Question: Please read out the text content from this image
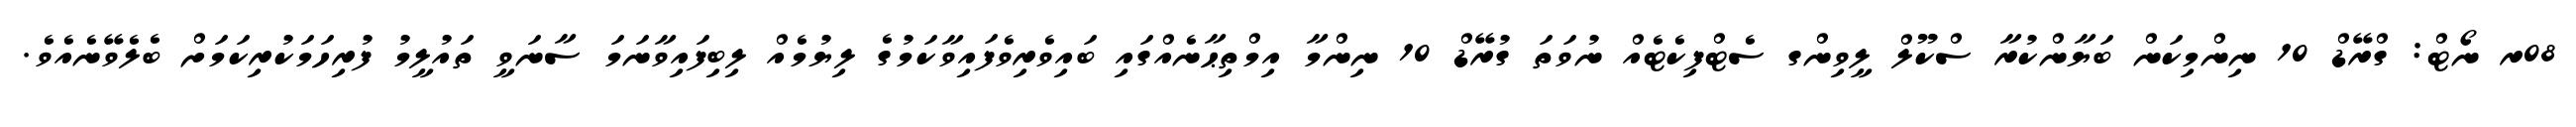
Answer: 08ރ ނޯޓް: ގްރޭޑް 10 ނިންމިކަން ބަޔާންކުރާ ސްކޫލް ލީވިންގ ސެޓްފިކެޓެއް ނުވަތަ ގުރޭޑް 10 ނިންމާ އިމްތިޙާނެއްގައި ބައިވެރިވެފައިވާކަމުގެ ލިޔުމެއް ލިބިފައިވާނަމަ ސާނަވީ ތައުލީމު ފުރިހަމަކުރިކަމަށް ބެލެވޭނެއެވެ.